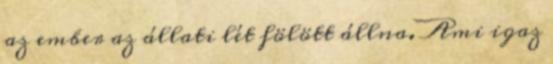
az ember az állati lét fölött állna. Ami igaz